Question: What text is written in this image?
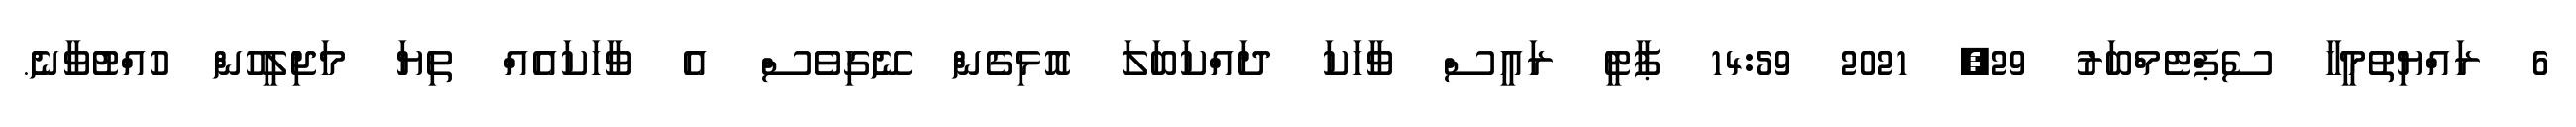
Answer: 6 ރައްޔިތުމީހާ ސެޕްޓެމްބަރު 29, 2021 14:59 ޕާޓީ ރައީސް ވާހަކަ ދައްކަބަލަ އޮޅިގެން ނޭގިވެސް އެ ވާހަކައެއް ތިޔަ މަޖިލީހުން ހުއްޓުވާނެ.